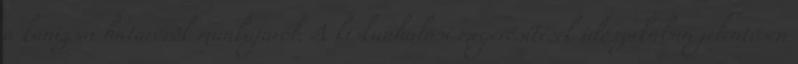
a kanizsai határőrök munkájáról. A kiskunhalasi megerősítések időszakában jelentősen